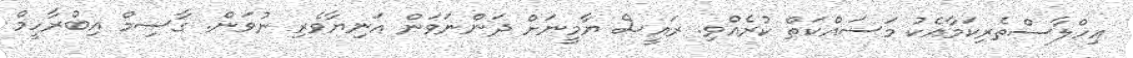
އިހްލާސްތެރިކަމާއެކު މަސައްކަތް ކުރެއްވި. ރައީސް ޔާމީނަށް ދަންނަވަން އަނިޔާވެރި ނުވަން. ގާސިމް އިބްރާހީމް